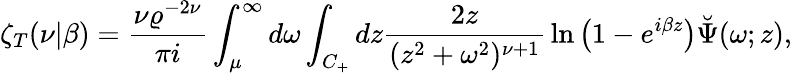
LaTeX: \zeta_{T}(\nu|\beta)={\frac{\nu\varrho^{-2\nu}}{\pi i}}\int_{\mu}^{\infty}d\omega\int_{C_{+}}dz{\frac{2z}{(z^{2}+\omega^{2})^{\nu+1}}}\ln\left(1-e^{i\beta z}\right)\breve{\Psi}(\omega;z),